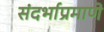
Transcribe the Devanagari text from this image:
संदर्भाप्रमाणे